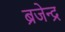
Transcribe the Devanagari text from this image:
ब्रजेन्‍द्र